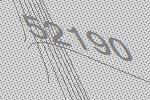
52190